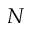
N